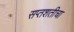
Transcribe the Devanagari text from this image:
सप्तशतीचा